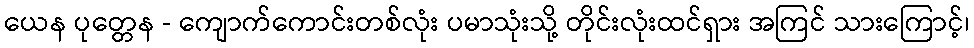
ယေန ပုတ္တေန - ကျောက်ကောင်းတစ်လုံး ပမာသုံးသို့ တိုင်းလုံးထင်ရှား အကြင် သားကြောင့်၊